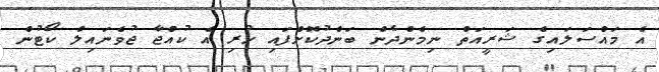
އެ މައްސަލައިގެ ޝަރީއަތް ނިމެންދެން ބަންދުކޮށްފައި ހުރި އެ ކުއްޖާ ޖުވެނައިލް ކޯޓުން